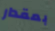
بمقدار